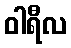
ဝါရီလ